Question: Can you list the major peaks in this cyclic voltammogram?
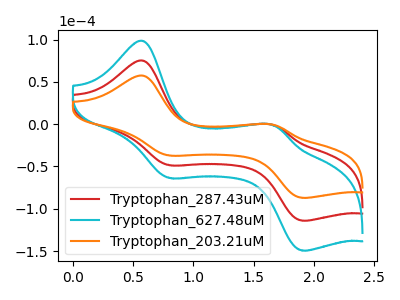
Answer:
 <answer>The red curve "Tryptophan_287.43uM" has anodic peaks at (0.60V, 75.05uA) (1.65V, -1.00uA) and cathodic peaks at (0.80V, -48.55uA) (1.90V, -114.00uA). The cyan curve "Tryptophan_627.48uM" has anodic peaks at (0.60V, 150.05uA) (1.65V, -2.00uA) and cathodic peaks at (0.80V, -97.15uA) (1.90V, -228.05uA). The orange curve "Tryptophan_203.21uM" has anodic peaks at (0.60V, 57.30uA) (1.65V, -0.75uA) and cathodic peaks at (0.80V, -37.10uA) (1.90V, -87.05uA).</answer>
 <eval></eval>